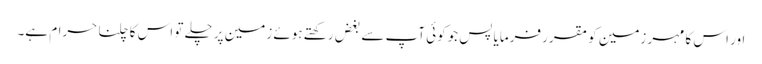
اور اس کا مہر زمین کو مقرر فرمایا پس جوکوئی آپ سے بغض رکھتے ہوئے زمین پر چلے تو اس کا چلنا حرام ہے۔